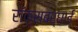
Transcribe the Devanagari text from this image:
रॉक्सबर्घाई